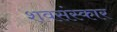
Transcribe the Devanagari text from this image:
शवसंस्कार